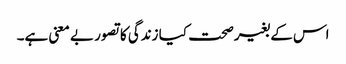
اس کے بغیرصحت کیا زندگی کا تصور بے معنی ہے۔